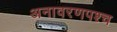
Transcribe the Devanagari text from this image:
अनावरणपश्च